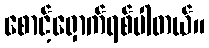
စောင့်ရှောက်ရစ်ပါတယ်။